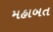
મહાબત